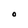
Character: O